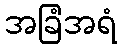
အခြံအရံ